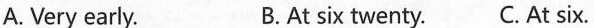
A. Very early. B.At six twenty.C. At six.